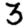
Digit: 3